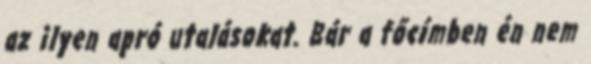
az ilyen apró utalásokat. Bár a főcímben én nem